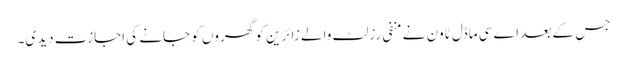
جس کے بعد اے سی ماڈل ٹاون نے منفی رزلٹ والے زائرین کو گھروں کو جانے کی اجازت دیدی۔